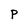
Character: P